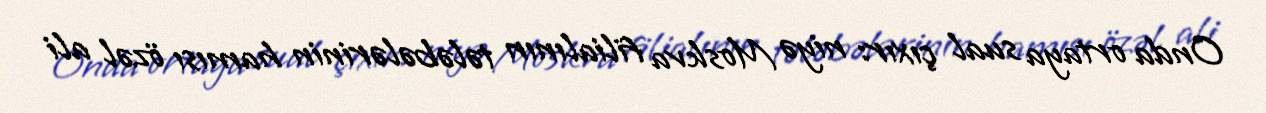
Onda ortaya sual çıxır: niyə Moskva filialının tələbələrinin hamısı özəl ali